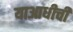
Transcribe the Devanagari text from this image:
याआधीची